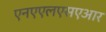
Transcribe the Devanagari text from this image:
एनएएलएसएआर